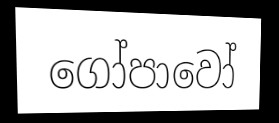
ගෝපාවෝ